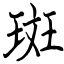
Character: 斑